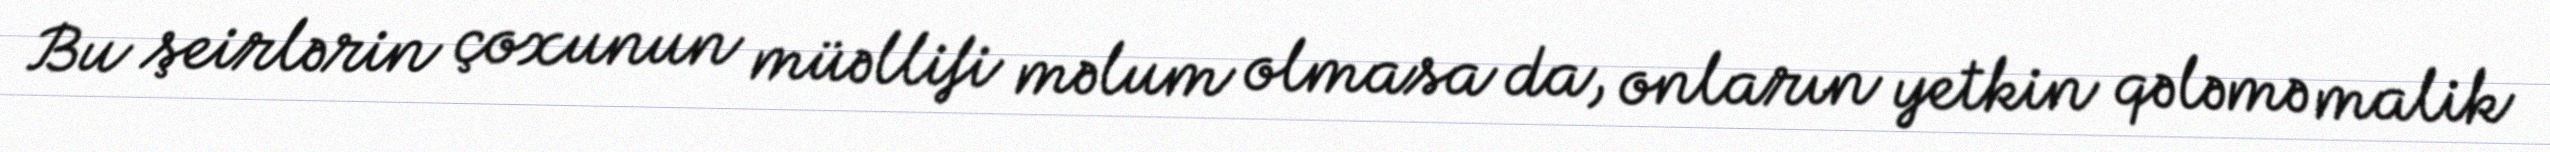
Bu şeirlərin çoxunun müəllifi məlum olmasa da, onların yetkin qələmə malik